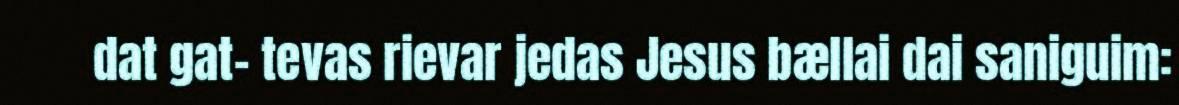
dat gat- tevas rievar jedas Jesus bællai dai saniguim: